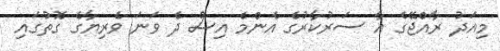
މިއަދު ރާއްޖޭގެ އާ ސަރުކާރުގެ އެންމެ އިސް ދެ ވަނަ ވެރިޔާގެ ގޮތުގައި